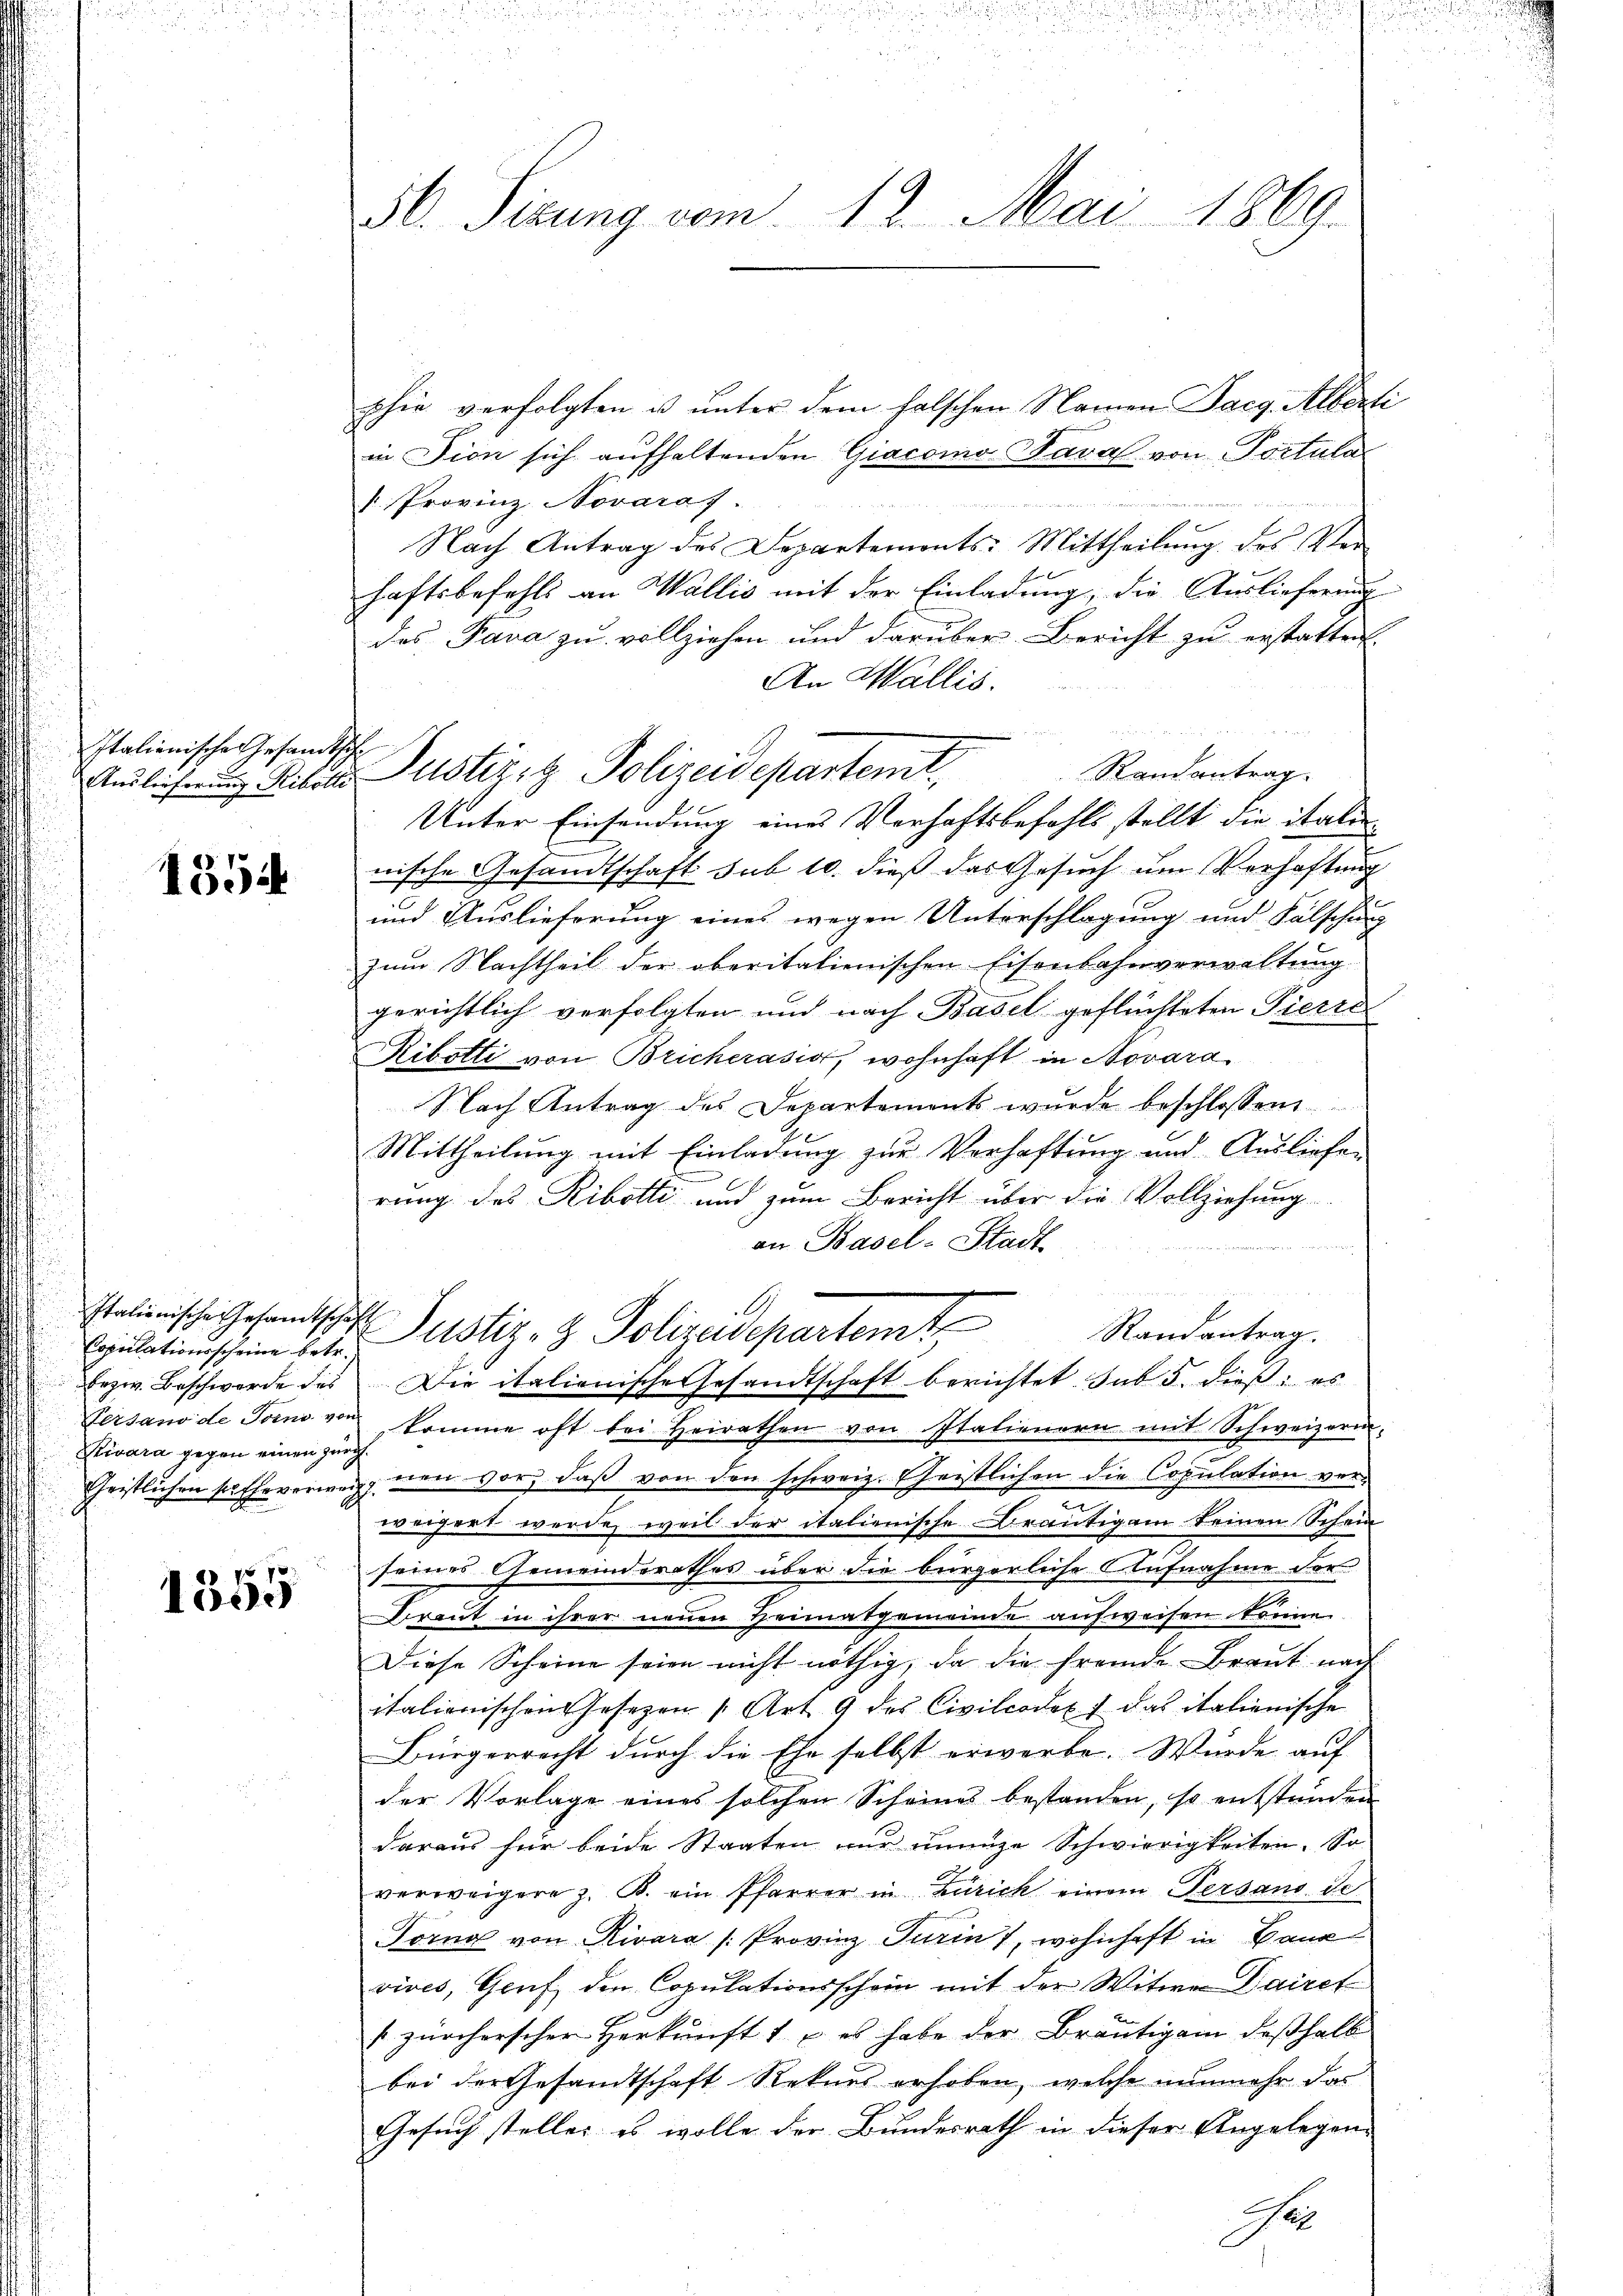
Italienische Gesandtsche

1354

Italienische Gesamtschaft
Copulationsscheine betr.
bezw. Beschwerde des
Kivara gegen einen Zürch.

1355

30. Sizung vom 13. Mai 1869.

phie verfolgten u. unter dem falschen Namen Parg. Alberti
in Fion sich aufhaltenden Giacomo Kara von Postula
" Provinz Novaraf.
n

Nach Antrag des Departements-Mittheilŭng des Ver-
haftsbefehls an Wallis mit der Einladung, die Auslieferung
das Tava zu vollziehen und darüber Bericht zu erstatten.
An Wallis.
Randantrag.
Unter Einsendung eines Verhaftsbefehls stellt die itali
nische Gesandtschaft sub 10. dieß das Gesuch um Verhaftung
und Auslieferung eines wegen Unterschlagung und Fälschung
zum Nachtheil der oberitalienischen Eisenbahnverwaltung
gerichtlich verfolgten und nach Basel geflüchteten Pierre
Ribotti von Bricherasio, wohnhaft in Novara
Nach Antrag des Departements wurde beschlossen
Mittheilung mit Einladung zur Verhaftung und Ausliefen
rung des Ribotti und zum Bericht über die Vollziehung
an Basel-Stadt
A
Randantrag.
Justiz- & Polizeisepartamt
Die italienische Gesandtschaft berichtet sub 5. dieß: es
Gersanode Toino von komme oft bei Heirathen von Italienern mit Schweizeri-
Cheistlichen solcheverweig, non vor, daß von den schweiz. Geistlichen die Copulation ver¬

weigert werde, weil der italienische Bräutigam keinen Schein
seines Gemeinderathes über die bürgerliche Aufnahme der
Braut in ihrer neuen Heimatgemeinde aufweisen könne.
Diese Scheine seien nicht nöthig, da die fremde Braut nach
italienischen Gesezen (Art. 9 des Civilcodex f das italienische
Bürgerrecht durch die Ehe selbst erwerbe. Würde auf
der Vorlage eines solchen Scheines bestanden, so entstunden
daraus für beide Staaten nur innige Schwierigkeiten. So
verweigere z. B. ein Pfarrer in Zürich einem Persand de
Torne von Rivara /: Provinz Turin), wohnhaft in Baue
vives, Genf den Copulationsschein mit der Witwer Dairet
zürcherscher Herkunft – es habe der Bräutigam deßhalb
bei der Gesandtschaft Rekurs erhoben, welche nunmehr das
Gesuch steller es wolle der Bundesrath in dieser Angelegen¬
1

Auslicherung Silie Justiz- & Polizeidepartemt,